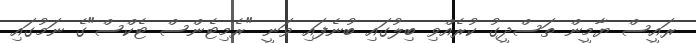
ރައީސް ޔާމީން ތަސްދީގު ކުރެއްވި ބިލުގައި ބުނެފައި ވަނީ "ރެމިޓެންސް ޓެކްސް"ގެ ނަމުގައި